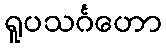
ရူပသင်္ဂဟော